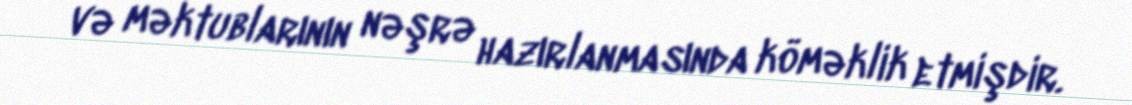
və məktublarının nəşrə hazırlanmasında köməklik etmişdir.